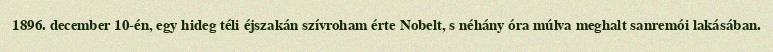
1896. december 10-én, egy hideg téli éjszakán szívroham érte Nobelt, s néhány óra múlva meghalt sanremói lakásában.